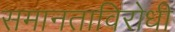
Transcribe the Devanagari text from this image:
समानताविरोधी